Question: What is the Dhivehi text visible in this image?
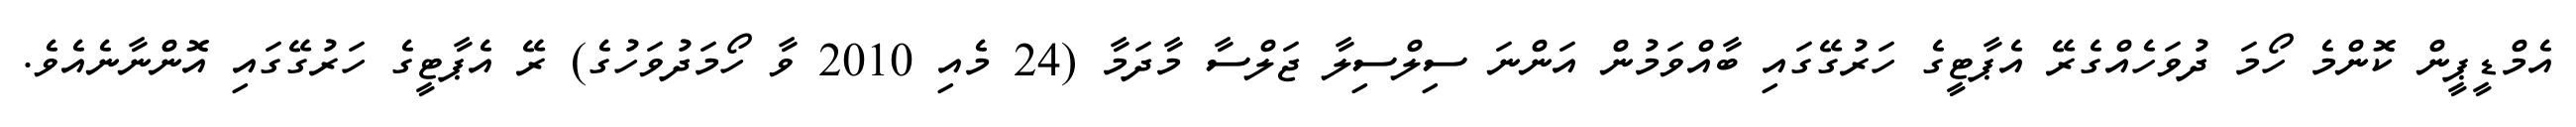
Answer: އެމްޑީޕީން ކޮންމެ ހޯމަ ދުވަހެއްގެރޭ އެޕާޓީގެ ހަރުގޭގައި ބާއްވަމުން އަންނަ ސިލްސިލާ ޖަލްސާ މާދަމާ (24 މެއި 2010 ވާ ހޯމަދުވަހުގެ) ރޭ އެޕާޓީގެ ހަރުގޭގައި އޮންނާނެއެވެ.